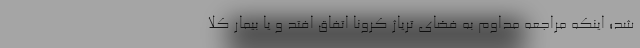
شد؛ اینکه مراجعه مداوم به فضای تریاژ کرونا اتفاق افتد و یا بیمار کلا